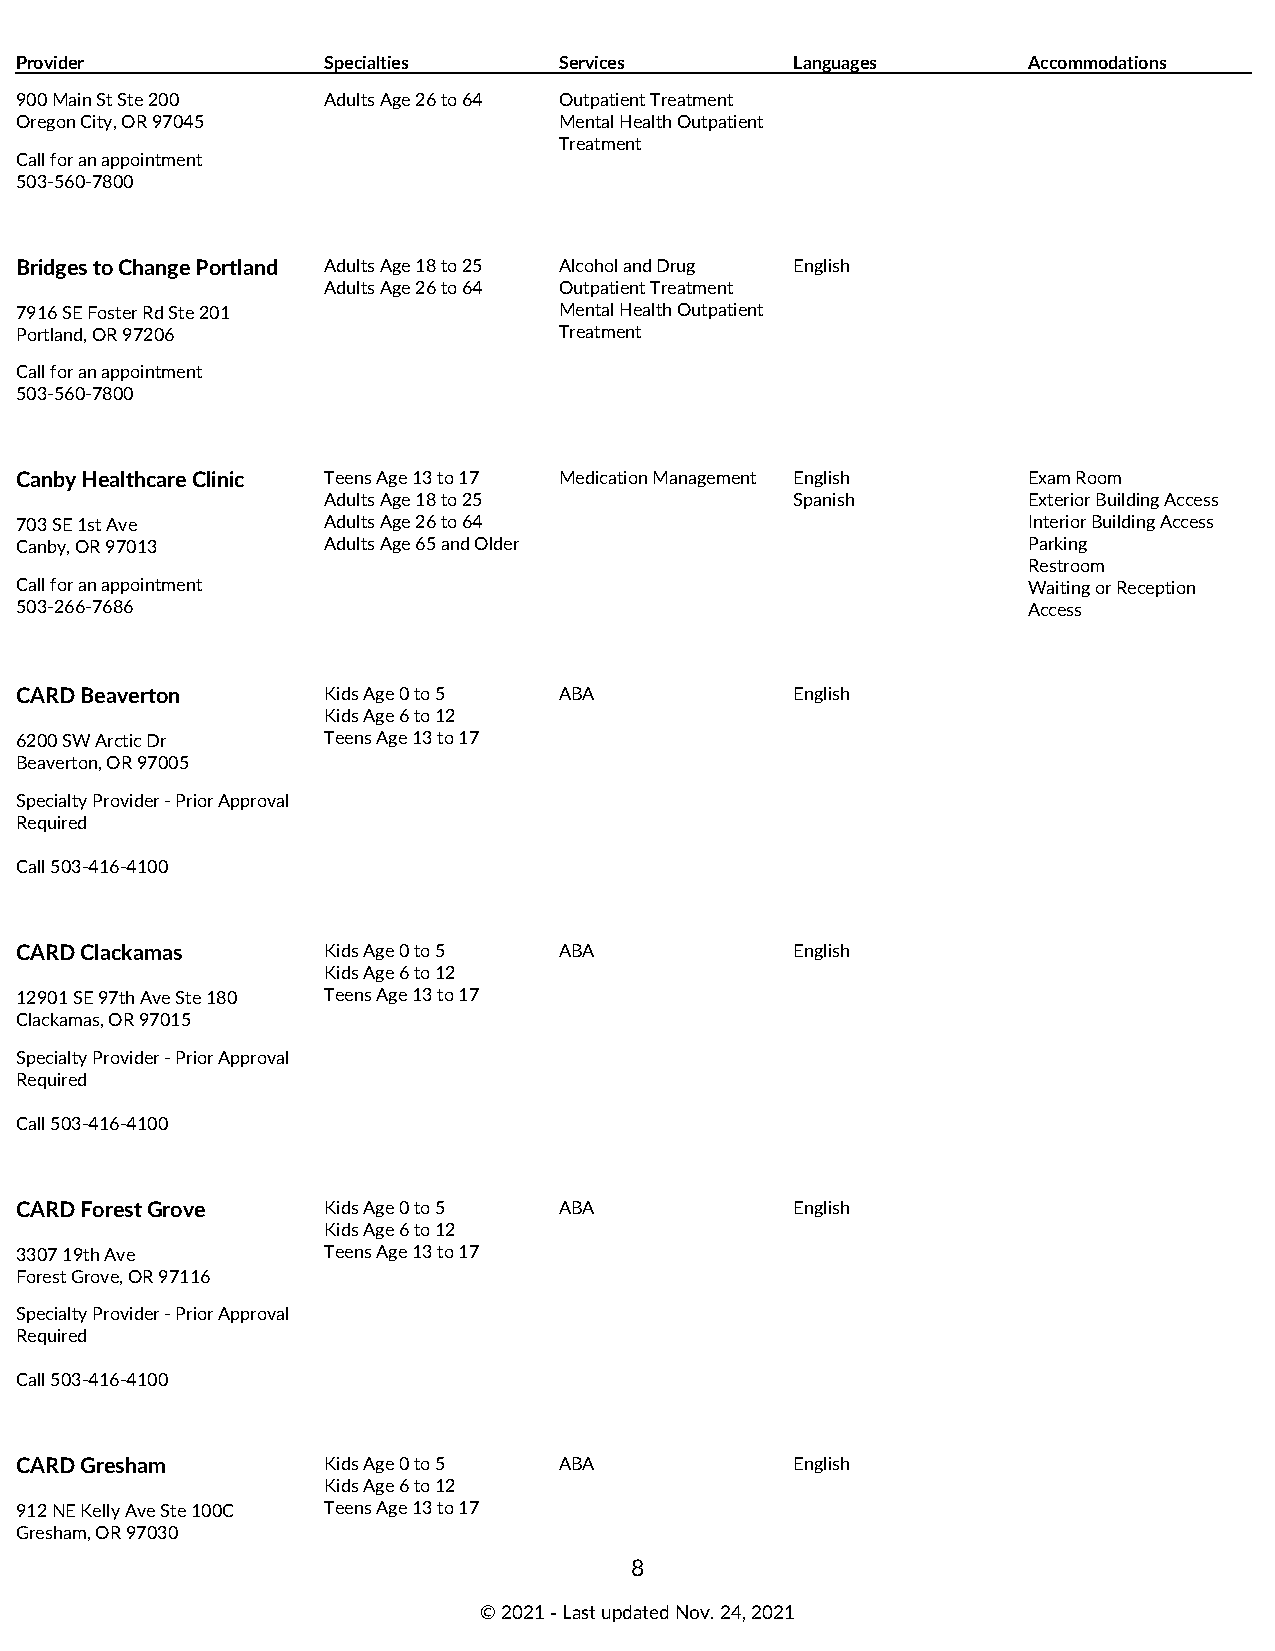
Provider            Specialties     Services        Languages      Accommodations
 900 Main St Ste 200 Adults Age 26 to 64 Outpatient Treatment
 Oregon City, OR 97045               Mental Health Outpatient
 Treatment
 Call for an appointment
 503-560-7800
 Bridges to Change Portland Adults Age 18 to 25 Alcohol and Drug English
 Adults Age 26 to 64 Outpatient Treatment
 7916 SE Foster Rd Ste 201           Mental Health Outpatient
 Portland, OR 97206                  Treatment
 Call for an appointment
 503-560-7800
 Canby Healthcare Clinic Teens Age 13 to 17 Medication Management English Exam Room
 Adults Age 18 to 25             Spanish        Exterior Building Access
 703 SE 1st Ave      Adults Age 26 to 64                            Interior Building Access
 Canby, OR 97013     Adults Age 65 and Older                        Parking
 Restroom
 Call for an appointment                                            Waiting or Reception
 503-266-7686                                                       Access
 CARD Beaverton      Kids Age 0 to 5 ABA             English
 Kids Age 6 to 12
 6200 SW Arctic Dr   Teens Age 13 to 17
 Beaverton, OR 97005
 Specialty Provider - Prior Approval
 Required
 Call 503-416-4100
 CARD Clackamas      Kids Age 0 to 5 ABA             English
 Kids Age 6 to 12
 12901 SE 97th Ave Ste 180 Teens Age 13 to 17
 Clackamas, OR 97015
 Specialty Provider - Prior Approval
 Required
 Call 503-416-4100
 CARD Forest Grove   Kids Age 0 to 5 ABA             English
 Kids Age 6 to 12
 3307 19th Ave       Teens Age 13 to 17
 Forest Grove, OR 97116
 Specialty Provider - Prior Approval
 Required
 Call 503-416-4100
 CARD Gresham        Kids Age 0 to 5 ABA             English
 Kids Age 6 to 12
 912 NE Kelly Ave Ste 100C Teens Age 13 to 17
 Gresham, OR 97030
 8
 © 2021 ‑ Last updated Nov. 24, 2021